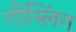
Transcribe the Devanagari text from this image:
गौस्लिंग